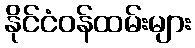
နိုင်ငံဝန်ထမ်းများ